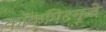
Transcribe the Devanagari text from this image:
कॉकपिटमुळे